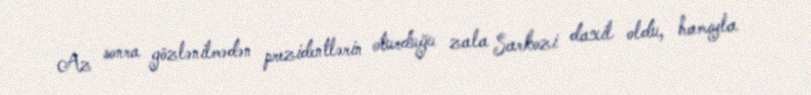
Az sonra gözlənilmədən prezidentlərin oturduğu zala Sarkozi daxil oldu, hamıyla